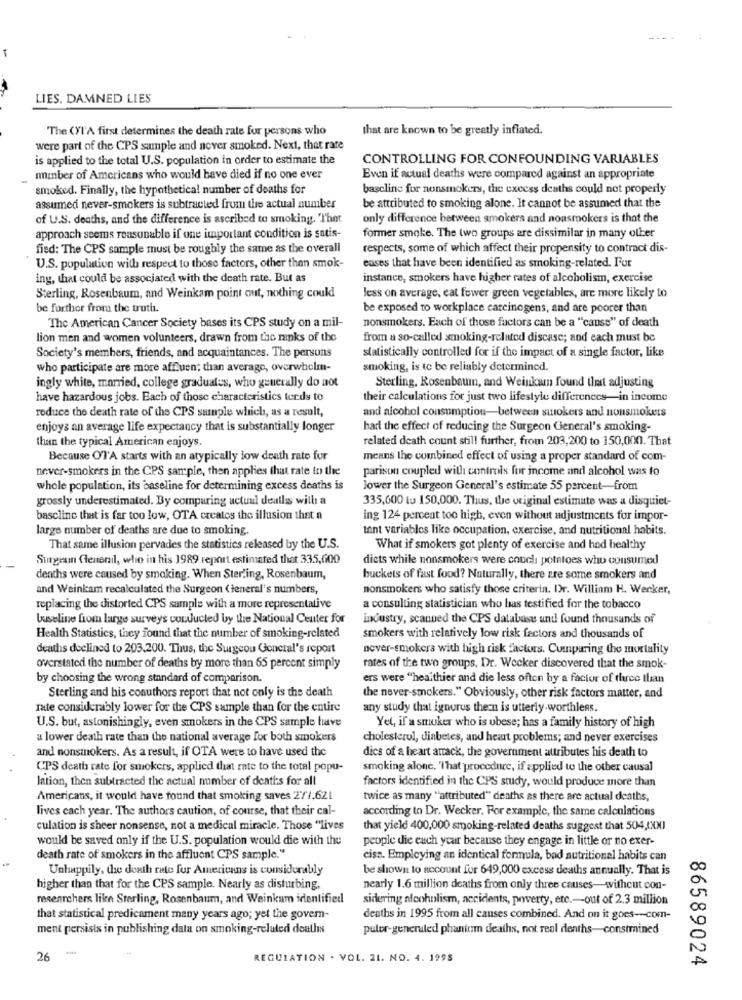
LIES. DAMNED LIES
The CYl'A first determines the death rate for persons who
that are known to be greatly inflated.
were part of the CPS sample and never smoked. Next, that rate
is applied to the total U.S. population in order to estimate the
CONTROLLING FOR CONFOUNDING VARIABLES
miber of Americans who would have died if no one ever
Even if actual deaths were compared against an appropriate
smoked. Finally, the hypothetical number of deaths for
bascline for nonsmokers, the excess deaths could not properly
assumed never-smokers is subtracted from the actual number
be attributed to smoking alone. It cannot be assumed that the
of U.S. deaths, and the difference is ascribed to smoking. That
only difference between smokers and nonsmokers is that the
approach seems reasonable if one important condition is satis-
former smoke. The two groups are dissimilar in many other
fied: The CPS sample must be roughly the same as the overall
respects, some of which affect their propensity to contract dis-
eases that have been identified as smoking-related. For
U.S. population with respect to those factors, other than smok-
ing, that could be associated with the death rate. But as
instance, smokers have higher rates of alcoholism, exercise
Sterling, Rosenbaum, and Weinkam point out, nothing could
less on average, eat fewer green vegetables, are more likely to
be forther from the truth.
be exposed to workplace carcinogens, and are poorer than
The American Cancer Society bases its CPS study on a mil-
nonsmokers. Each of those factors can be a "cause" of death
lion men and women volunteers, drawn from tac ranks of the
from a so-called smoking-related disease; and each must be
statistically controlled for if the impact of a single factor, like
Society's members, friends, and acquaintances. The persons
who participate are more affluent than average, overwhelm-
smoking, is to be reliably determined.
ingly white, married, college graduates, who generally do not
Sterling, Rosenbaum, and Weinka found that adjusting
have hazardous jobs. Each of those characteristics terds to
their calculations for just two lifestyle differences-in income
reduce the death rate of the CPS sample which, as a result,
and alcohol consumption-between smokers and nonsmokers
enjoys an average life expectancy that is substantially longer
har the effect of reducing the Surgeon General's smoking-
than the typical American enjoys,
related death count still further, from 203,200 to 150,000. That
Because OTA starts with an atypically low death rate for
means the combined effect of using a proper standard of com-
never-smokers in the CPS sample, then applies that rate to the
parison coupled with controls for income and alcohol was to
whole population, its baseline for determining excess deaths is
Jower the Surgeon General's estimate 55 percent-from
grossly underestimated. By comparing actual deaths with a
335,600 tu 150,000. Thus, the original estimate was a disquiet-
bascline that is far too low, OTA creates the illusion that a
ing 124 percent too high, even without adjustments for impor-
large number of deaths are due to smoking.
tant variables like occupation, exercise, and nutritional habits.
That same illusion pervades the statistics released by the U.S.
What if smokers got plenty of exercise and had healthy
Surgeon General, who in his 1989 report estimated that 335,600
dicts while nonsmokers were couch potatoes who consumed
deaths were caused by smoking. When Sterzing, Rosenbaum,
buckets of fast food? Naturally, there are some smokers and
and Weinkam recalculated the Surgeon (teneral's numbers,
nonsmokers who satisfy those criteria. Dr. William H. Werker,
replacing the distorted CPS sample with a more representative
a consulting statistician who has testified for the tobacco
buseline from large surveys conducted by the National Center for
Industry, scanned the CPS database and found thousands of
Health Statistics, they found that the number of smoking-related
smokers with relatively low risk factors and thousands of
deaths declined to 203.200. Thus, the Surgeou General's report
never-smokers with high risk factors. Cumparing the mortality
overstated the number of deaths by more than 65 percent simply
rates of the two groups, Dr. Wecker discovered that the smok-
by choosing the wrong standard of comparison.
ers were "healthier and die less often by a factor of three than
Sterling and bis coauthors report that not only is the death
the never-smokers." Obviously, other risk factors matter, and
rate considerably lower for the CPS sample than for the entire
any study that ignorus thern is utterly worthless.
U.S. but, astonishingly, even smokers in the CPS sample have
Yel, if a smoker who is ubese; has a family history of high
a lower death rate than the national average for both smokers
cholesterol, diabetes, and heart problems; and never exercises
and nonsmokers. As a result, if OTA were to have used the
dics of a heart attack, the government attributes his death to
CPS death rate for smokers, applied that rate to the total popu-
smoking alone, That procedure, if applied to the other causal
lation, then subtracted the actual number of deaths for all
factors identified in the CPS study, would produce more than
Americans, it would have found that smoking saves 2/1,621
twice as many "attributed" deaths as there are actual deaths,
lives cach year. The authors caution, of course, that their cal-
according to Dr. Wecker. For example, the same calculations
culation is sheer nonsense, not a medical miracle. Those "lives
that yield 400,000 smoking-related deaths suggest that 504,0]
would be saved only if the U.S. population would die with the
people die each year because they engage in little or no exer-
death rate of smokers in the affluent CPS sample."
ciss. Employing an identical formula, bad nutritional habits can
Unhappily, the death rate for Americans is considerably
be shown to account for 649,000 excess deaths annually. That is
higher than that for the CPS sample. Nearly as disturbing,
nearly 1.6 million deaths from only three causes-without con-
researchers like Sterling, Rosenbaum, and Weinkum identified
sidering alcoholism, accidents, poverty, etc .-- out of 2.3 million
that statistical predicament many years ago; yet the govem-
deaths in 1995 from all causes combined. And on it goes --- com-
ment persists in publishing dala on smoking-related deaths
puler-generated phantom deaths, not real denths-constrained
26
REGULATION . VOL. 21. NO. 4. 1998
86589024